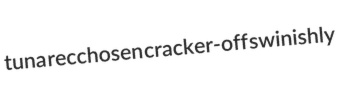
tuna recchosen cracker-off swinishly